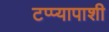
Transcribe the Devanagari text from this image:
टप्प्यापाशी